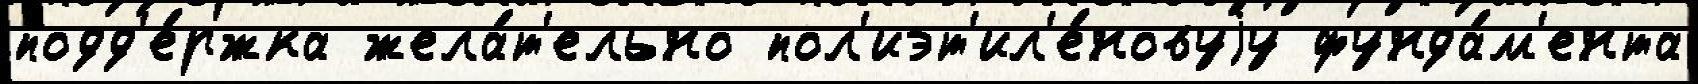
подд'е́ржка жела́т'ельно пол'иэт'ил'е́новуjу фунда́м'ента